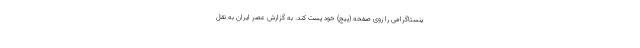
ینستاگرامی را روی صفحه (پیج) خود پست کند. به گزارش عصر ایران به نقل